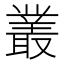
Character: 叢